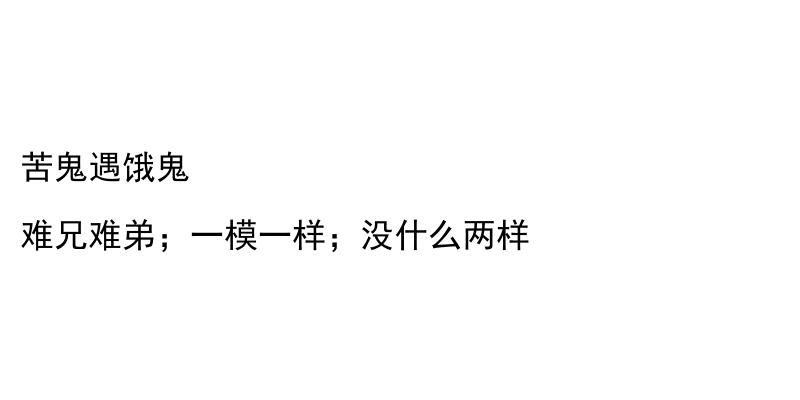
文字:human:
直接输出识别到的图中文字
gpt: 苦鬼遇饿鬼 难兄难弟；一模一样；没什么两样